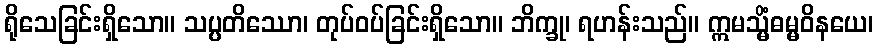
ရိုသေခြင်းရှိသော။ သပ္ပတိဿော၊ တုပ်ဝပ်ခြင်းရှိသော။ ဘိက္ခု၊ ရဟန်းသည်။ ဣမသ္မိံဓမ္မဝိနယေ၊